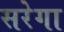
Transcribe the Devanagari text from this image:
सरेगा